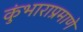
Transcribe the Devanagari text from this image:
कुंभाराप्रमाणे